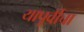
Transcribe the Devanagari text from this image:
यापूर्वीचा